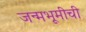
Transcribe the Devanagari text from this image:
जन्मभूमीची